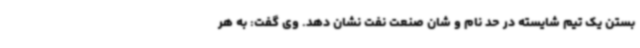
بستن یک تیم شایسته در حد نام و شان صنعت نفت نشان دهد. وی گفت: به هر